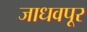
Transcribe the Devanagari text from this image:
जाधवपूर